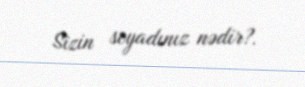
Sizin soyadınız nədir?.